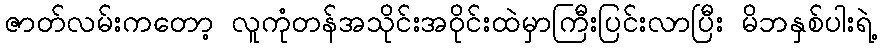
ဇာတ်လမ်းကတော့ လူကုံတန်အသိုင်းအဝိုင်းထဲမှာကြီးပြင်းလာပြီး မိဘနှစ်ပါးရဲ့